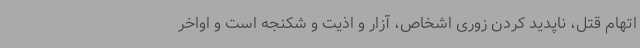
اتهام قتل، ناپدید کردن زوری اشخاص، آزار و اذیت و شکنجه است و اواخر